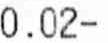
0.02-